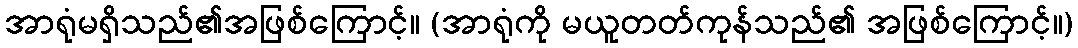
အာရုံမရှိသည်၏အဖြစ်ကြောင့်။ (အာရုံကို မယူတတ်ကုန်သည်၏ အဖြစ်ကြောင့်။)